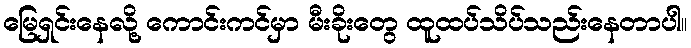
မြေရှင်းနေလို့ ကောင်းကင်မှာ မီးခိုးတွေ ထူထပ်သိပ်သည်းနေတာပါ။